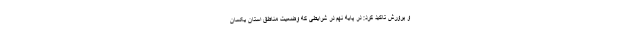
و پرورش تاکید کرد: در پایه نهم در شرایطی که وضعیت مناطق استان یکسان